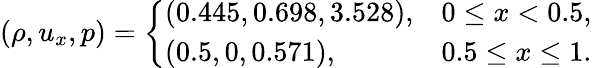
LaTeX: (\rho,u_{x},p)=\left\{ \begin{array}{ll}{(0.445,0.698,3.528),}&{0\leq x<0.5,}\\ {(0.5,0,0.571),}&{0.5\leq x\leq 1.}\end{array}\right.